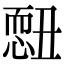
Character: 𢟄